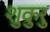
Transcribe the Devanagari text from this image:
शुकुरु